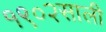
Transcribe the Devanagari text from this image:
१९०२साली